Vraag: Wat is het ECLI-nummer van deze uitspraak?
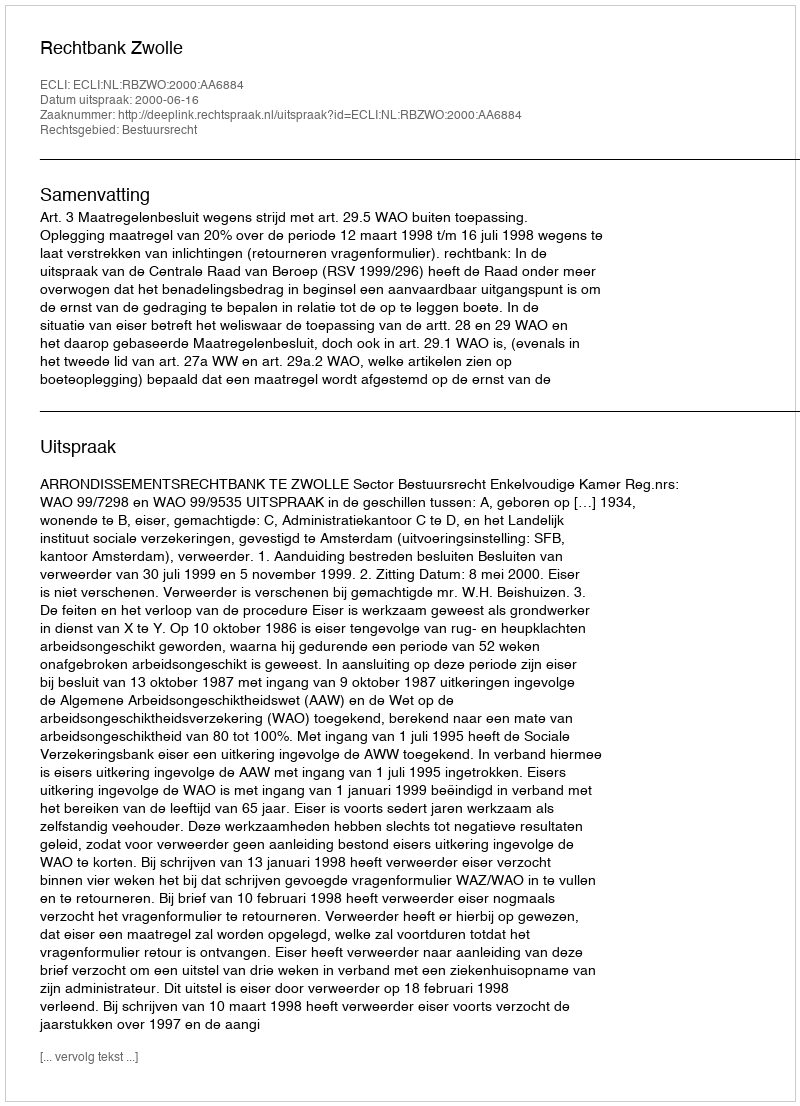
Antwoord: ECLI:NL:RBZWO:2000:AA6884